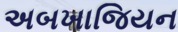
અબખાજિયન